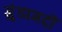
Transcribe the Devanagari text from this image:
ग़ुंडागर्दी